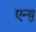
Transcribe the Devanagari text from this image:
एन्यु